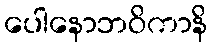
ပေါနောဘဝိကာနိ